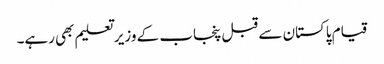
قیام پاکستان سے قبل پنجاب کے وزیر تعلیم بھی رہے۔